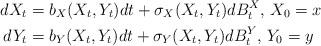
LaTeX: \begin{align*} dX_t &= b_X(X_t, Y_t)dt + \sigma_X(X_t, Y_t) dB^X_t,\,X_0 = x \\ dY_t &= b_Y(X_t, Y_t)dt + \sigma_Y(X_t, Y_t) dB^Y_t,\,Y_0 = y\end{align*}